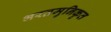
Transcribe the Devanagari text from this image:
भरतमुनिकृत